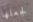
لجعلها